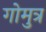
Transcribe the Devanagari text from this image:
गोमुत्र